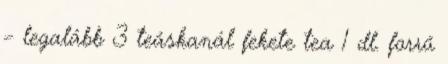
– legalább 3 teáskanál fekete tea 1 dl. forró